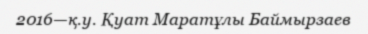
2016—қ.у. Қуат Маратұлы Баймырзаев